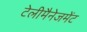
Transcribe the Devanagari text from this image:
टेलीमैनेजमेंट